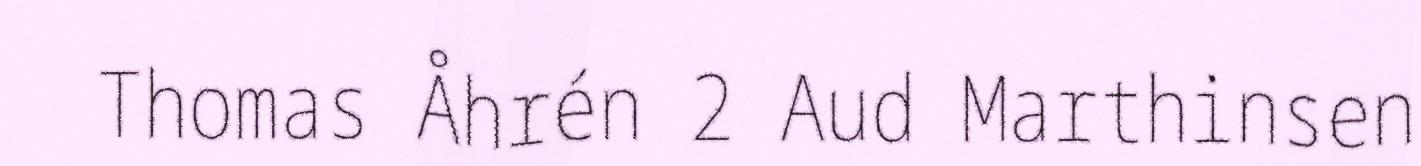
Thomas Åhrén 2 Aud Marthinsen